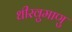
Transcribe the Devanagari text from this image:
धीरवुमाणु